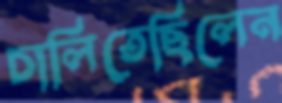
চালিতেছিলেন